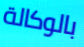
بالوكالة